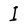
Character: I